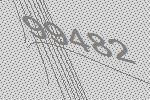
99482